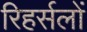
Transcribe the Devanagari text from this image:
रिहर्सलों